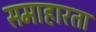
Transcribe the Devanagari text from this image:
समाहारता